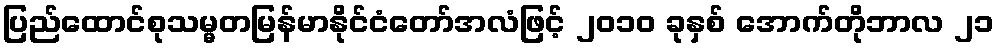
ပြည်ထောင်စုသမ္မတမြန်မာနိုင်ငံတော်အလံဖြင့် ၂၀၁၀ ခုနှစ် အောက်တိုဘာလ ၂၁